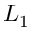
L _ { 1 }